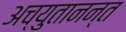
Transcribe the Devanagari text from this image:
अच्युतानन्त